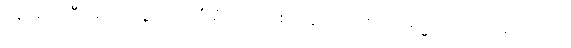
ပန၊ ဆက်ဦးအံ့။ သဗ္ဗေပိ၊ အလုံးစုံလည်းဖြစ်ကုန်သော။ ဧတေ ဓမ္မာ၊ ဤတရားတို့သည်။